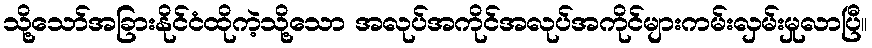
သို့သော်အခြားနိုင်ငံထိုကဲ့သို့သော အလုပ်အကိုင်အလုပ်အကိုင်များကမ်းလှမ်းမှုလာပြီ။